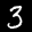
Label: 3